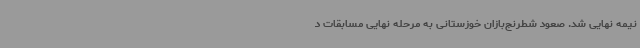
نیمه نهایی شد. صعود شطرنج‌بازان خوزستانی به مرحله نهایی مسابقات د